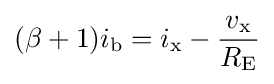
(\beta +1)i_{\text{b}}=i_{\text{x}}-{\frac {v_{\text{x}}}{R_{\text{E}}}}